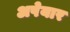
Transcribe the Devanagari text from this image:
अपेयार